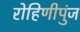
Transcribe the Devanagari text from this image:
रोहिणीपुंज